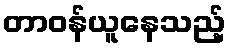
တာဝန်ယူနေသည့်